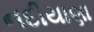
નદીયાણા